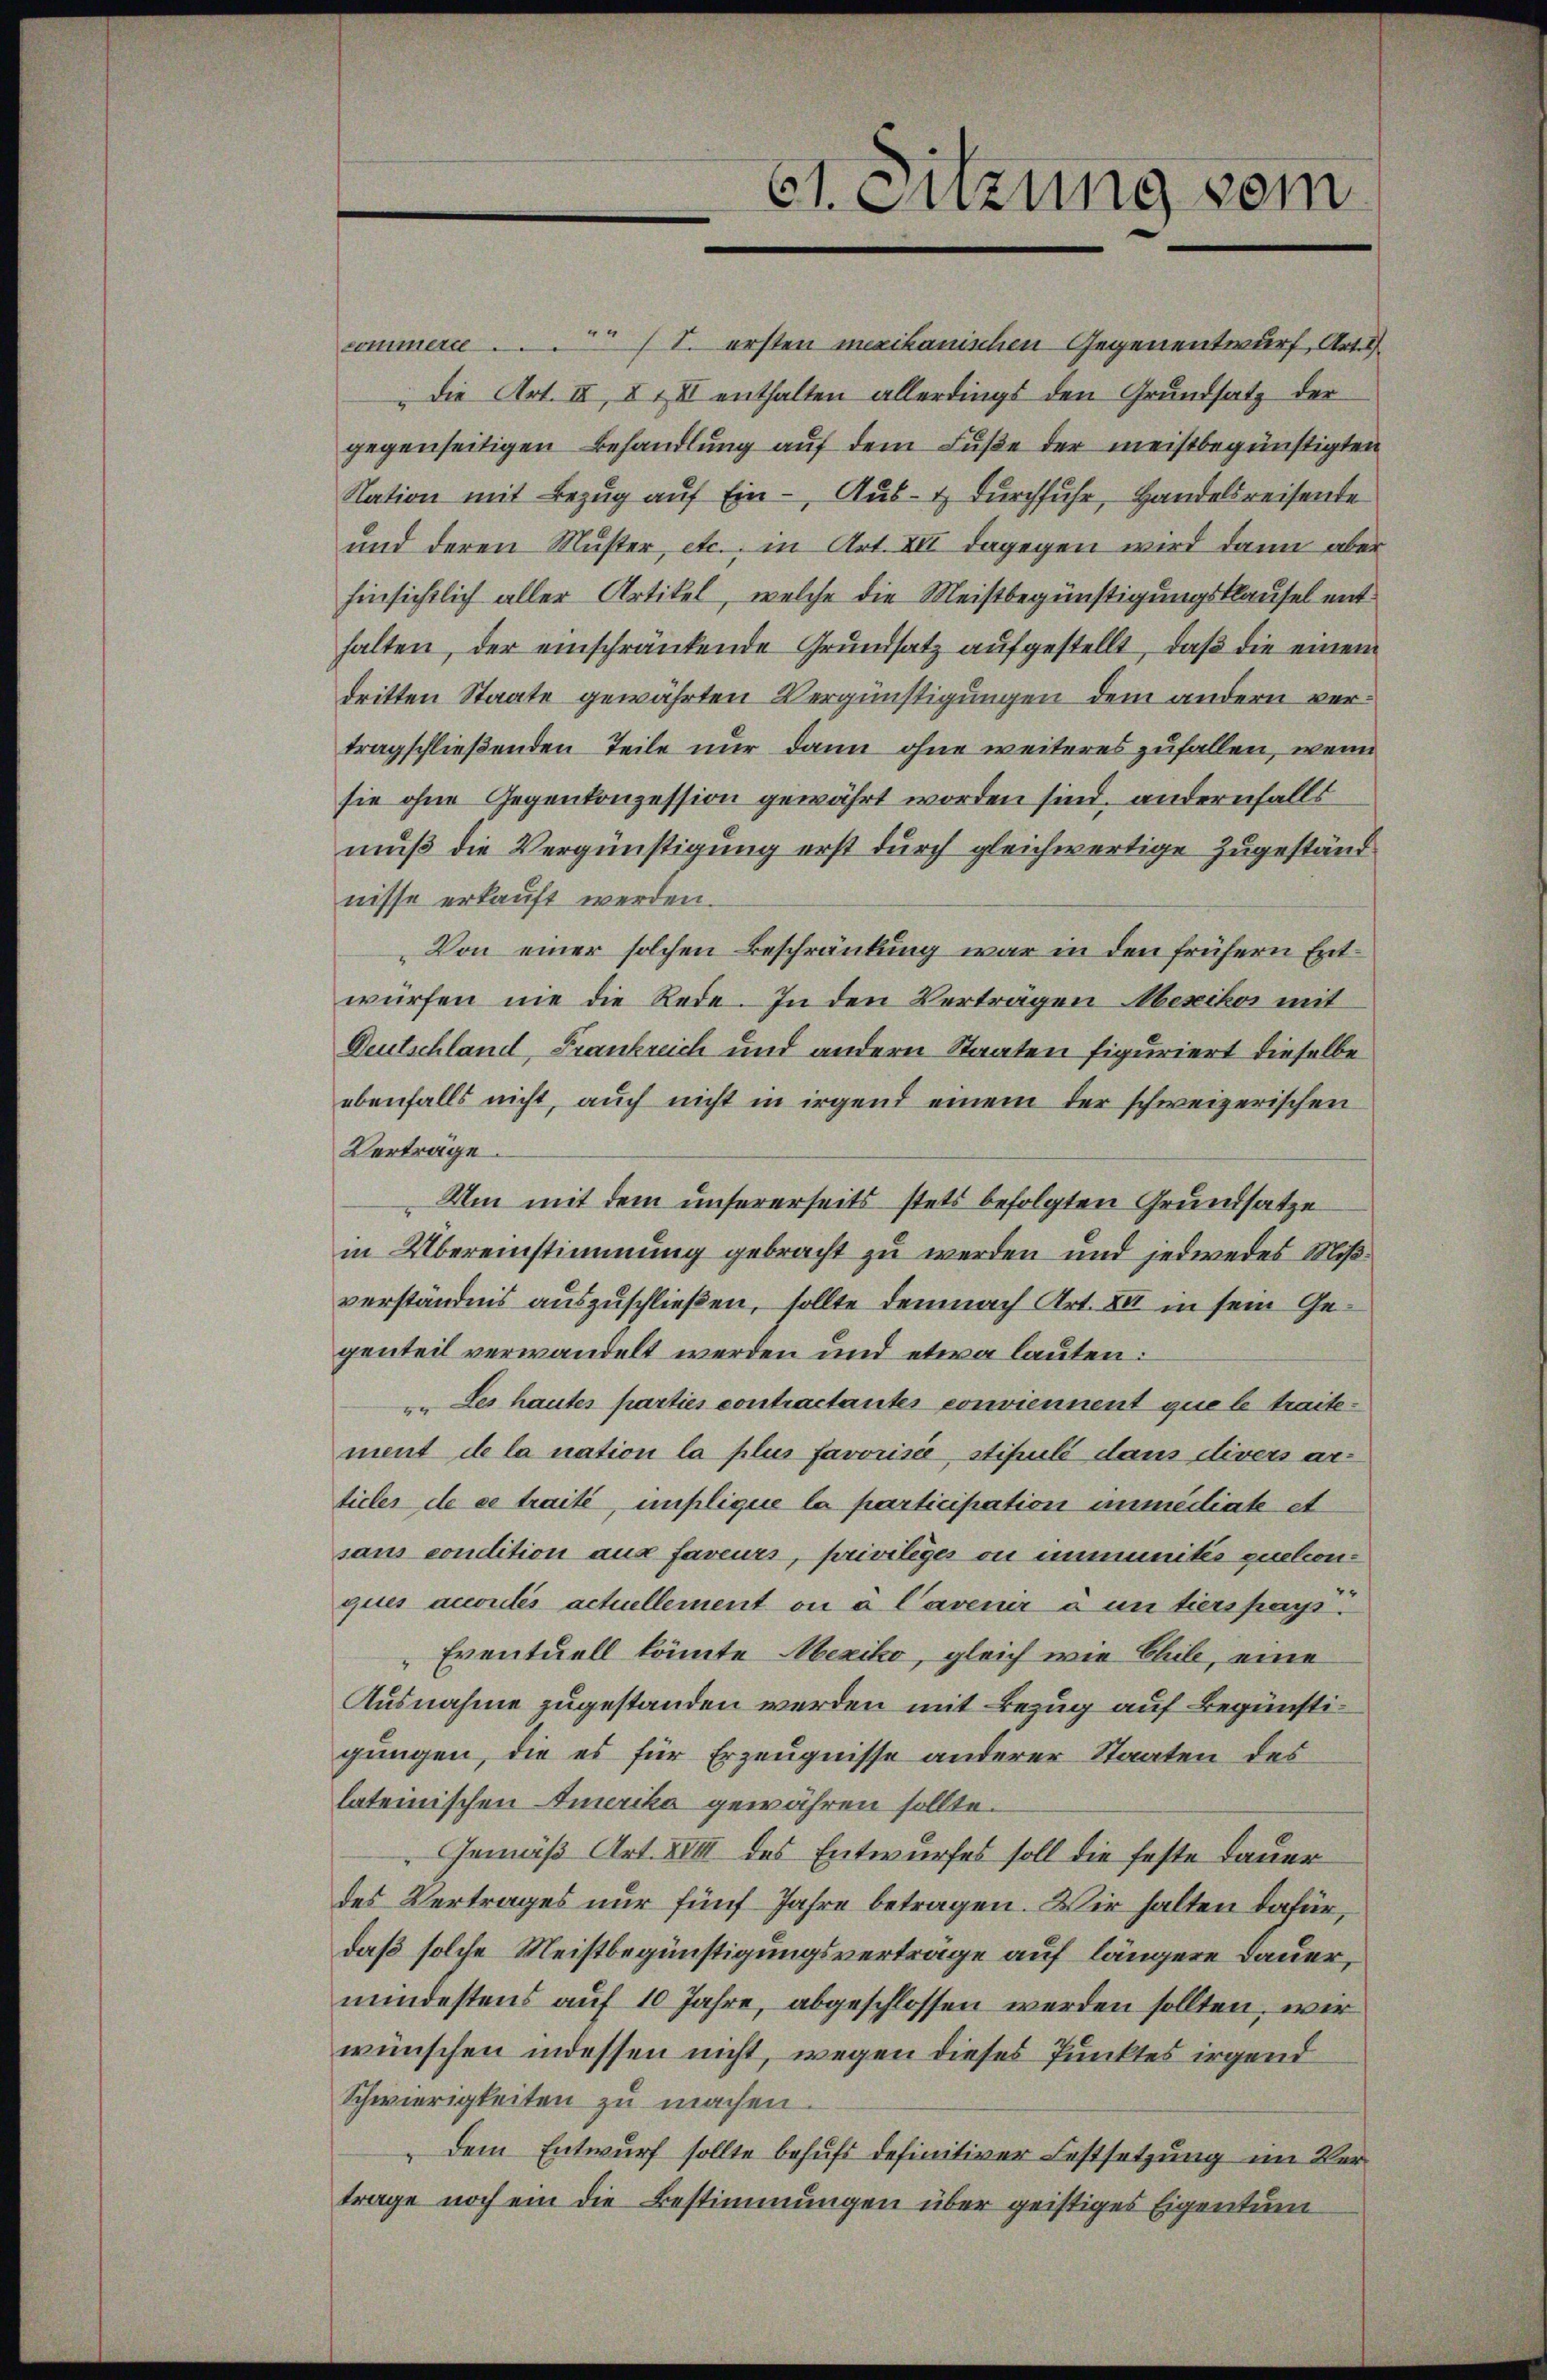
T. ersten mexikanischen Gegenentwurf, Art. 2
commers ...
die Art. III, I & II enthalten allerdings den Grundsatz der
gegenseitigen Behandlung auf dem Fuße der meistbegünstigten
Nation mit Bezug auf Ein- Aus- & Durchfuhr, Handelsreisente
und deren Muster, etc., in Art. XII dagegen wird dann aber
hinsichtlich aller Artikel, welche die Meistbegünstigungsklausel enthalten, der einschränkende Grŭndsatz aŭfgestellt, daβ die einem
dritten Staate gewährten Vergünstigungen dem andern vertragschließenden Teile nur dann ohne weiteres zufallen, wenn
sie ohne Gegenkonzession gewährt worden sind, andernfalls
muß die Vergünstigung erst durch gleichwertige Zugeständ
nisse erkauft werden.
Von einer solchen Beschränkung war in den frühern Entwürfen nie die Rede. In den Vertragen Mexikos mit
Deutschland, Frankreich und andern Staaten figuriert dieselbe
ebenfalls nicht, auch nicht in irgend einem der schweizerischen
Verträge.
Um mit dem unsererseits stets befolgten Grundsatze
in Übereinstimmung gebracht zu werden und jedwedes Mißverständnis auszuschließen, sollte demnach Art. 84 in sein Gegenteil verwandelt werden und etwa lauten:
u. Les hautes parties contractantes conviennent que le traitement de la nation la plus favorisée, stipulé dans divers artieler de ce traite, umflique la participation immediate et
sans condition aus faveurs, priviliges ou immunités quelconques acoulés actuellement ou à Cavenir à un tiers pays
Eventuell könnte Mexiko, gleich wie Chile, eine
Ausnahme zugestanden werden mit Bezug auf Begünstigungen, die es für Erzeugnisse anderer Staaten des
lateinischen Amerika gewähren sollte.
Gemäß Art. XVII des Entwurfes soll die feste Dauer
des Vertrages nur fünf Jahre betragen. Wir halten dafür,
daß solche Meistbegünstigungsverträge auf längere Dauer,
mindestens auf 10 Jahre, abgeschlossen werden sollten, wir
wünschen indessen nicht, wegen dieses Punktes irgend
Schwierigkeiten zu machen
„dem Entwurf sollte behufs definitiver Festsetzung im Vertrage noch ein die Bestimmungen über geistiges Eigentum

61. Sitzung vom